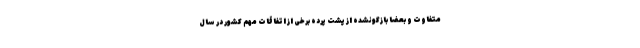
متفاوت و بعضا بازگونشده از پشت پرده برخی از اتفاقات مهم کشور در سال